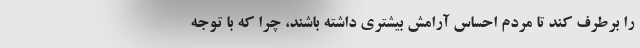
را برطرف کند تا مردم احساس آرامش بیشتری داشته باشند، چرا که با توجه